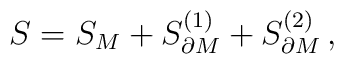
S = S_M + S_{\partial M}^{(1)} +  S_{\partial M}^{(2)}\,,